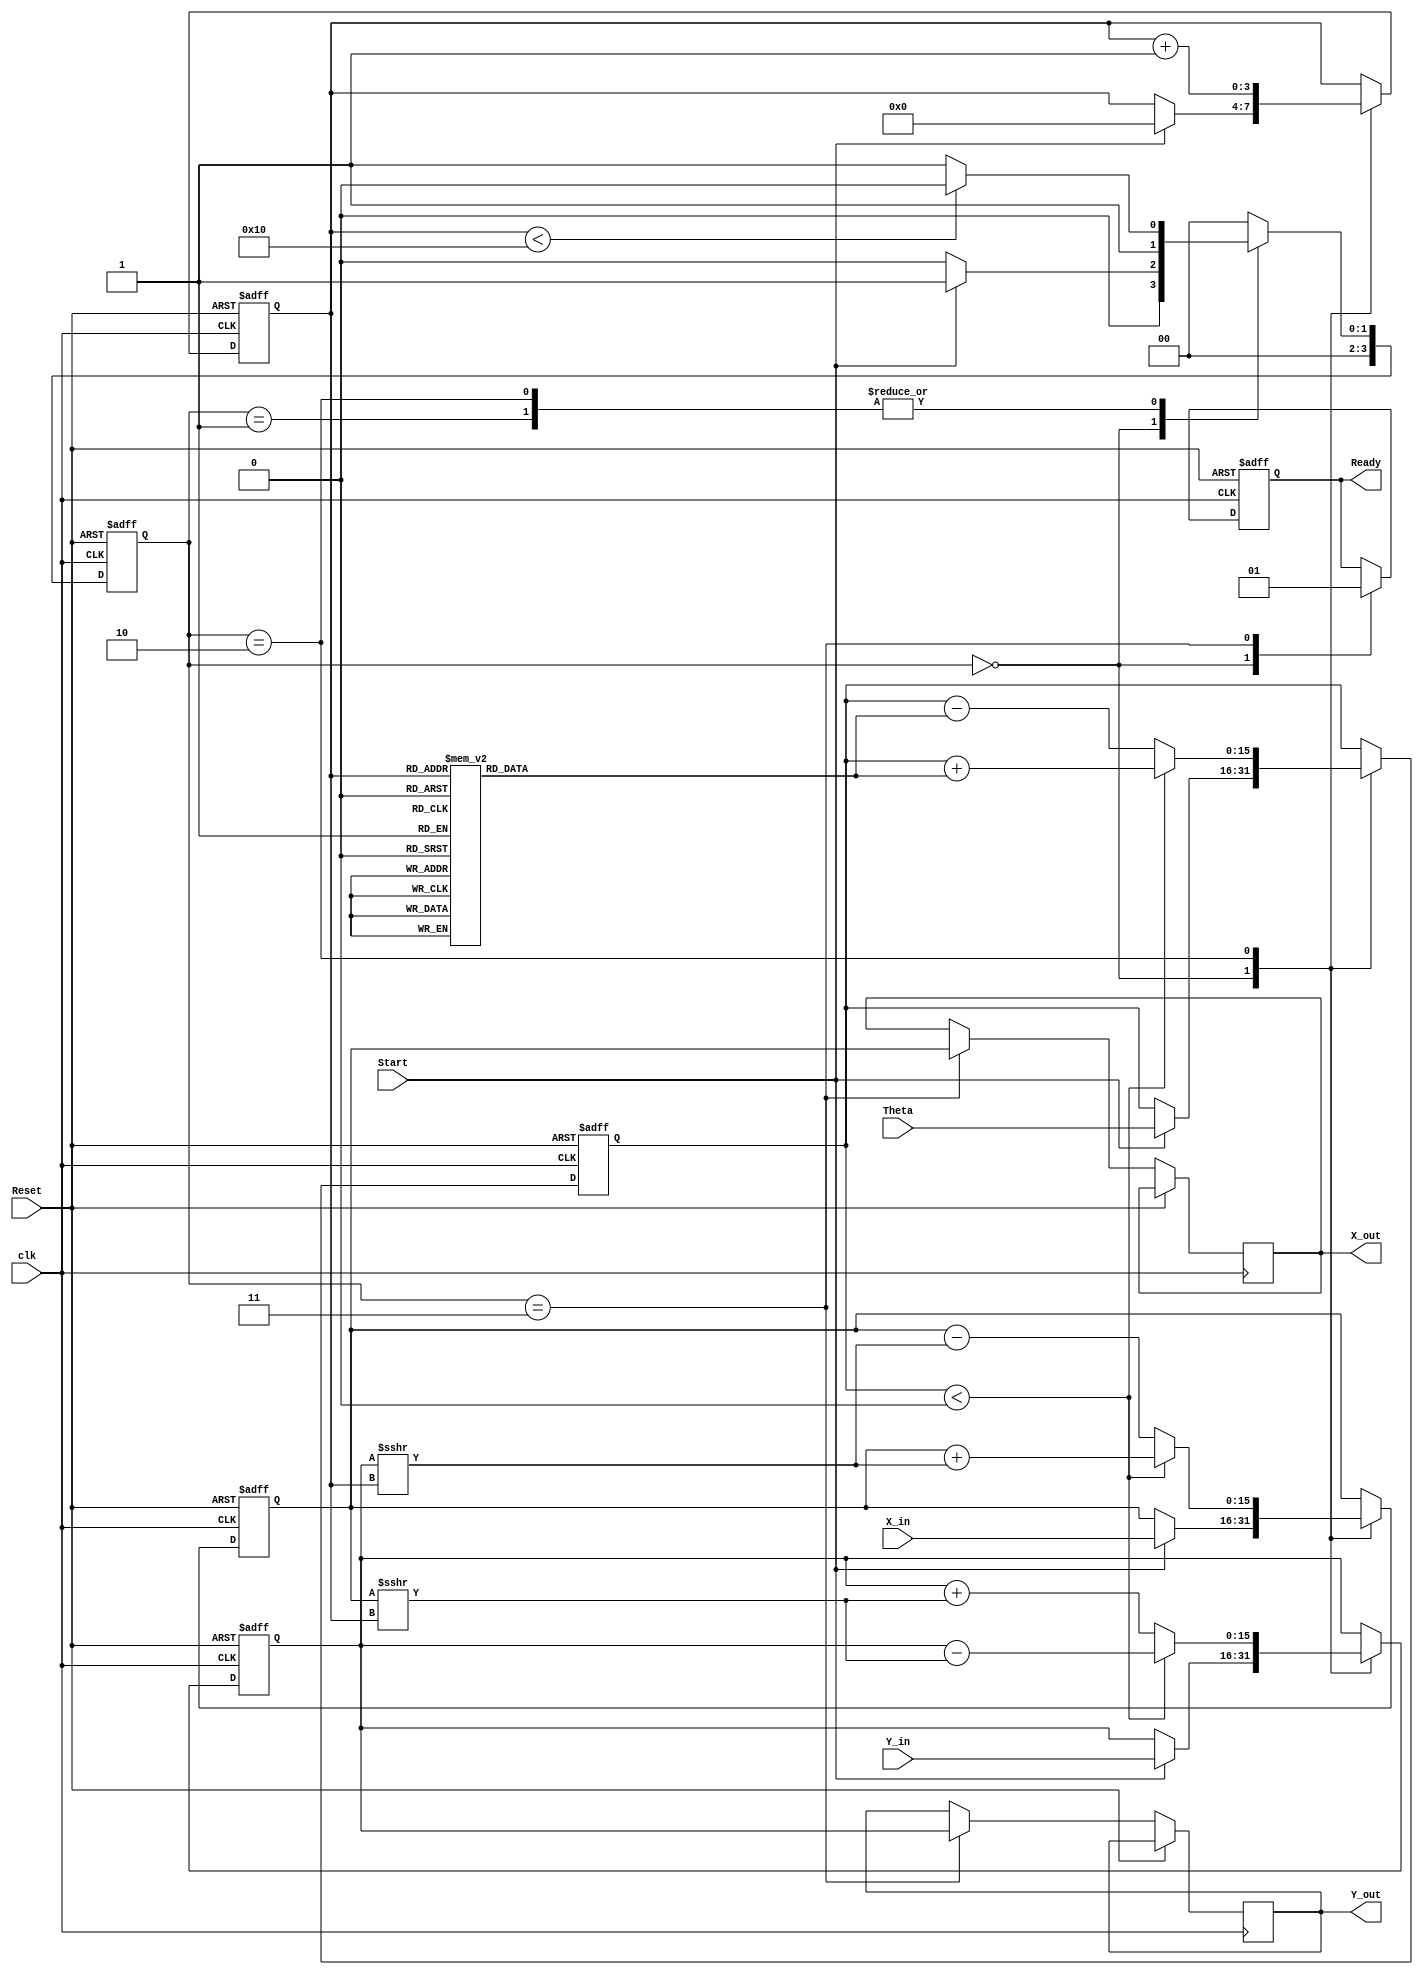
module CORDIC_2D (
    input wire signed [15:0] X_in,       // Input x-coordinate
    input wire signed [15:0] Y_in,       // Input y-coordinate
    input wire signed [15:0] Theta,      // Input angle (in fixed-point format)
    input wire Start,                    // Start signal
    input wire Reset,                    // Asynchronous reset
    input wire clk,                      // Clock signal
    output reg signed [15:0] X_out,      // Output x-coordinate
    output reg signed [15:0] Y_out,      // Output y-coordinate
    output reg Ready                     // Ready signal
);

    // Parameters
    parameter NUM_ITERATIONS = 16; // Number of CORDIC iterations
    parameter ANGLE_WIDTH = 16;     // Width for angle representation
    parameter SHIFT_AMOUNT = 1;      // Amount to shift for scaling

    // Internal registers
    reg signed [15:0] X_reg;
    reg signed [15:0] Y_reg;
    reg signed [ANGLE_WIDTH-1:0] Theta_reg;
    reg [3:0] Iteration_count;
    reg [3:0] state;                  // FSM state
    reg [3:0] next_state;             // Next state for FSM

    // Precomputed arctangent values (fixed-point representation)
    reg signed [ANGLE_WIDTH-1:0] atan_table [0:NUM_ITERATIONS-1];

    // Initialize arctangent table
    initial begin
        // Precompute arctangent values for CORDIC
        atan_table[0] = 16'h0000; // atan(2^0)
        atan_table[1] = 16'h3F9A; // atan(2^-1)
        atan_table[2] = 16'h3F2D; // atan(2^-2)
        atan_table[3] = 16'h3EC9; // atan(2^-3)
        atan_table[4] = 16'h3E8B; // atan(2^-4)
        atan_table[5] = 16'h3E2D; // atan(2^-5)
        atan_table[6] = 16'h3D7D; // atan(2^-6)
        atan_table[7] = 16'h3CC5; // atan(2^-7)
        atan_table[8] = 16'h3C0A; // atan(2^-8)
        atan_table[9] = 16'h3B50; // atan(2^-9)
        atan_table[10] = 16'h3A8E; // atan(2^-10)
        atan_table[11] = 16'h39C5; // atan(2^-11)
        atan_table[12] = 16'h38FB; // atan(2^-12)
        atan_table[13] = 16'h3841; // atan(2^-13)
        atan_table[14] = 16'h3786; // atan(2^-14)
        atan_table[15] = 16'h36CC; // atan(2^-15)
    end

    // FSM states
    localparam IDLE = 0,
               INITIALIZE = 1,
               ITERATE = 2,
               COMPLETE = 3;

    // State transition
    always @(posedge clk or posedge Reset) begin
        if (Reset) begin
            state <= IDLE;
        end else begin
            state <= next_state;
        end
    end

    // Next state logic
    always @(*) begin
        case (state)
            IDLE: begin
                if (Start) next_state = INITIALIZE;
                else next_state = IDLE;
            end
            INITIALIZE: begin
                if (Iteration_count < NUM_ITERATIONS) next_state = ITERATE;
                else next_state = COMPLETE;
            end
            ITERATE: begin
                if (Iteration_count < NUM_ITERATIONS) next_state = ITERATE;
                else next_state = COMPLETE;
            end
            COMPLETE: begin
                next_state = IDLE; // Return to IDLE after completion
            end
            default: next_state = IDLE;
        endcase
    end

    // Control logic for processing
    always @(posedge clk or posedge Reset) begin
        if (Reset) begin
            X_reg <= 0;
            Y_reg <= 0;
            Theta_reg <= 0;
            Iteration_count <= 0;
            Ready <= 0;
        end else begin
            case (state)
                IDLE: begin
                    Ready <= 0;
                    if (Start) begin
                        X_reg <= X_in;
                        Y_reg <= Y_in;
                        Theta_reg <= Theta;
                        Iteration_count <= 0;
                    end
                end
                INITIALIZE: begin
                    // Initialization logic (if any)
                end
                ITERATE: begin
                    // CORDIC iteration logic
                    if (Theta_reg < 0) begin
                        X_reg <= X_reg + (Y_reg >>> Iteration_count);
                        Y_reg <= Y_reg - (X_reg >>> Iteration_count);
                        Theta_reg <= Theta_reg + atan_table[Iteration_count];
                    end else begin
                        X_reg <= X_reg - (Y_reg >>> Iteration_count);
                        Y_reg <= Y_reg + (X_reg >>> Iteration_count);
                        Theta_reg <= Theta_reg - atan_table[Iteration_count];
                    end
                    Iteration_count <= Iteration_count + 1;
                end
                COMPLETE: begin
                    X_out <= X_reg;
                    Y_out <= Y_reg;
                    Ready <= 1;
                end
            endcase
        end
    end

endmodule